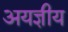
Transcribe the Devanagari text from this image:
अयज्ञीय